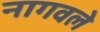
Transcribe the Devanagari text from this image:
नागवले